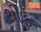
થીફ